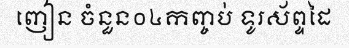
ញៀន ចំនួន០៤កញ្ចប់ ទូរស័ព្ទដៃ